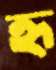
হৃ